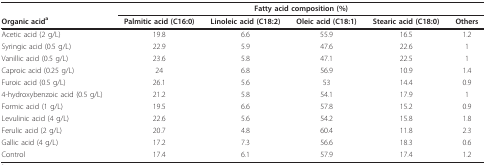
<table><thead><tr><td>[EMPTY_CELL]</td><td colspan="5"><b>Fatty acid composition (%)</b></td></tr><tr><td><b>Organic acid<sup>a</sup></b></td><td><b>Palmitic acid (C16:0)</b></td><td><b>Linoleic acid (C18:2)</b></td><td><b>Oleic acid (C18:1)</b></td><td><b>Stearic acid (C18:0)</b></td><td><b>Others</b></td></tr></thead><tbody><tr><td>Acetic acid (2 g/L)</td><td>19.8</td><td>6.6</td><td>55.9</td><td>16.5</td><td>1.2</td></tr><tr><td>Syringic acid (0.5 g/L)</td><td>22.9</td><td>5.9</td><td>47.6</td><td>22.6</td><td>1</td></tr><tr><td>Vanillic acid (0.5 g/L)</td><td>23.6</td><td>5.8</td><td>47.1</td><td>22.5</td><td>1</td></tr><tr><td>Caproic acid (0.25 g/L)</td><td>24</td><td>6.8</td><td>56.9</td><td>10.9</td><td>1.4</td></tr><tr><td>Furoic acid (0.5 g/L)</td><td>26.1</td><td>5.6</td><td>53</td><td>14.4</td><td>0.9</td></tr><tr><td>4-hydroxybenzoic acid (0.5 g/L)</td><td>21.2</td><td>5.8</td><td>54.1</td><td>17.9</td><td>1</td></tr><tr><td>Formic acid (1 g/L)</td><td>19.5</td><td>6.6</td><td>57.8</td><td>15.2</td><td>0.9</td></tr><tr><td>Levulinic acid (4 g/L)</td><td>22.6</td><td>5.6</td><td>54.2</td><td>15.8</td><td>1.8</td></tr><tr><td>Ferulic acid (2 g/L)</td><td>20.7</td><td>4.8</td><td>60.4</td><td>11.8</td><td>2.3</td></tr><tr><td>Gallic acid (4 g/L)</td><td>17.2</td><td>7.3</td><td>56.6</td><td>18.3</td><td>0.6</td></tr><tr><td>Control</td><td>17.4</td><td>6.1</td><td>57.9</td><td>17.4</td><td>1.2</td></tr></tbody></table>